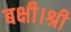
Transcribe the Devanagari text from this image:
बक्षी।श्री